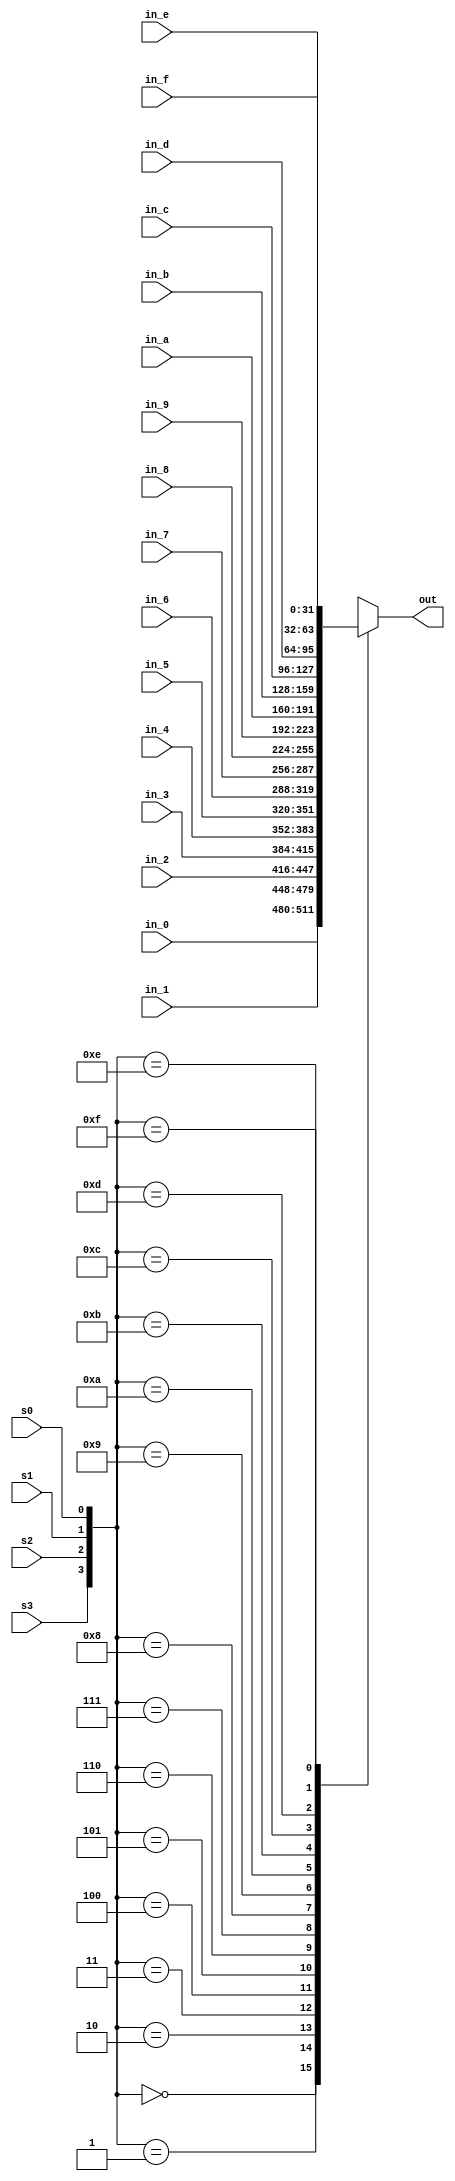
module mux16_1(s0,s1,s2,s3,in_0,in_1,in_2,in_3,in_4,in_5,in_6,in_7,in_8,in_9,in_a,in_b,in_c,in_d,in_e,in_f,out);
	
input s0,s1,s2,s3;
input [31:0] in_0,in_1,in_2,in_3,in_4,in_5,in_6,in_7,in_8,in_9,in_a,in_b,in_c,in_d,in_e,in_f;
output reg [31:0] out;
	
always @(*) 
begin
	case({s3,s2,s1,s0})					
	4'b0000: out = in_0;
	4'b0001: out = in_1;
	4'b0010: out = in_2;
	4'b0011: out = in_3;
	4'b0100: out = in_4;
	4'b0101: out = in_5;
	4'b0110: out = in_6;
	4'b0111: out = in_7;
	4'b1000: out = in_8;
	4'b1001: out = in_9;
	4'b1010: out = in_a;
	4'b1011: out = in_b;
	4'b1100: out = in_c;
	4'b1101: out = in_d;
	4'b1110: out = in_e;
	4'b1111: out = in_f;
	default: out = 0;
	endcase
end
endmodule